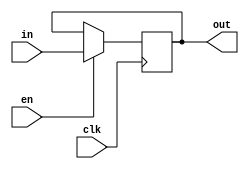
module Register_FSM(in, clk, en, out);
	input [15:0] in;
	input clk, en;
	output reg [15:0] out;
	
	always@(posedge clk) begin
	
		if(en)
			out = in;
		else
			out = out;
	
	end
	
endmodule